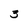
Character: 3